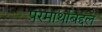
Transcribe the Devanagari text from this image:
परमार्थाबद्दल